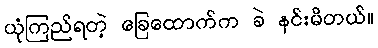
ယုံကြည်ရတဲ့ ခြေထောက်က ခဲ နင်းမိတယ်။